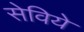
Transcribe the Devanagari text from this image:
सेविये